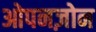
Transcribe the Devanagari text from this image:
ओपनज़ोन